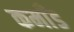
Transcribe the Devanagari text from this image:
कमाँड